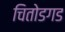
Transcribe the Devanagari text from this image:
चितोडगड